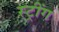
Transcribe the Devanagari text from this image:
स्ट्रींग